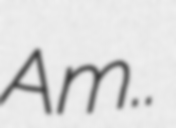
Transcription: Am..